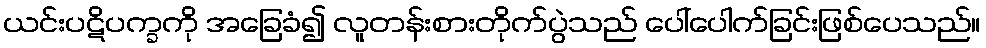
ယင်းပဋိပက္ခကို အခြေခံ၍ လူတန်းစားတိုက်ပွဲသည် ပေါ်ပေါက်ခြင်းဖြစ်ပေသည်။